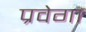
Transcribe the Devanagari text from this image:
प्रवेगा